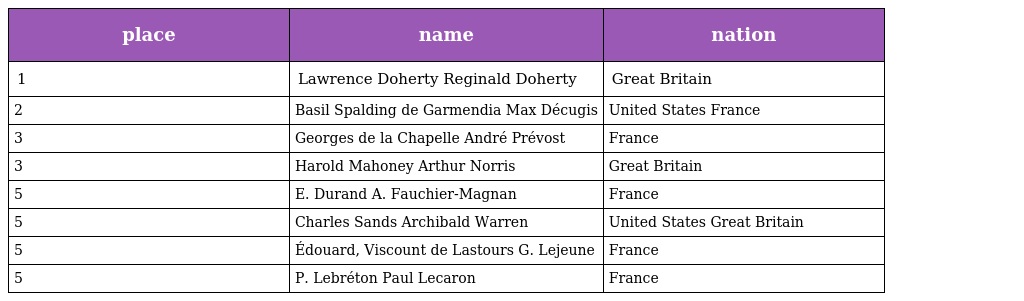
| place | name | nation |
 | --- | --- | --- |
 | 1 | Lawrence Doherty Reginald Doherty | Great Britain |
 | 2 | Basil Spalding de Garmendia Max Décugis | United States France |
 | 3 | Georges de la Chapelle André Prévost | France |
 | 3 | Harold Mahoney Arthur Norris | Great Britain |
 | 5 | E. Durand A. Fauchier-Magnan | France |
 | 5 | Charles Sands Archibald Warren | United States Great Britain |
 | 5 | Édouard, Viscount de Lastours G. Lejeune | France |
 | 5 | P. Lebréton Paul Lecaron | France |